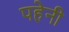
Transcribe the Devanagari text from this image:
पहेनी